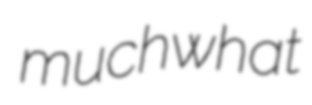
muchwhat